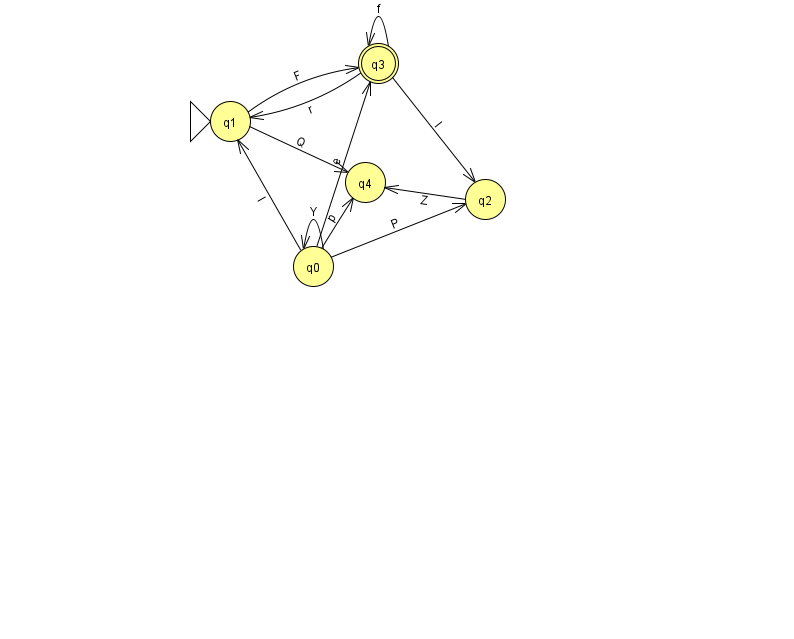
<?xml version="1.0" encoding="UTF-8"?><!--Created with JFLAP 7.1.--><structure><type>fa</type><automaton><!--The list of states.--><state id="0" name="q0"><x>313.0</x><y>253.0</y></state><state id="1" name="q1"><x>230.0</x><y>108.0</y><initial/></state><state id="2" name="q2"><x>485.0</x><y>186.0</y></state><state id="3" name="q3"><x>378.0</x><y>50.0</y><final/></state><state id="4" name="q4"><x>365.0</x><y>169.0</y></state><!--The list of transitions.--><transition><from>3</from><to>3</to><read>f</read></transition><transition><from>0</from><to>1</to><read>l</read></transition><transition><from>0</from><to>0</to><read>Y</read></transition><transition><from>0</from><to>2</to><read>P</read></transition><transition><from>3</from><to>2</to><read>I</read></transition><transition><from>0</from><to>4</to><read>p</read></transition><transition><from>1</from><to>3</to><read>F</read></transition><transition><from>2</from><to>4</to><read>Z</read></transition><transition><from>0</from><to>3</to><read>e</read></transition><transition><from>1</from><to>4</to><read>Q</read></transition><transition><from>3</from><to>1</to><read>r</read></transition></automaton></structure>